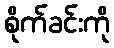
စိုက်ခင်းကို